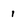
Character: 1